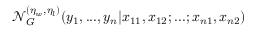
\mathcal { N } _ { G } ^ { ( \eta _ { w } , \eta _ { l } ) } ( y _ { 1 } , . . . , y _ { n } \vert x _ { 1 1 } , x _ { 1 2 } ; . . . ; x _ { n 1 } , x _ { n 2 } )